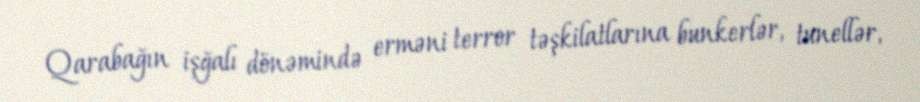
Qarabağın işğalı dönəmində erməni terror təşkilatlarına bunkerlər, tunellər,